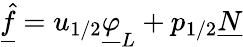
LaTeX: \underline{{\hat{f}}}=u_{1/2}\underline{{\varphi}}_{L}+p_{1/2}\underline{{N}}